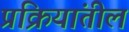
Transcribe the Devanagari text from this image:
प्रक्रियांतील